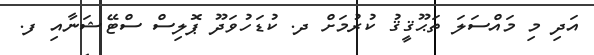
އަދި މި މައްސަލަ ތަޙޫޤީޤު ކުރުމަށް ދ. ކުޑަހުވަދޫ ޕޮލިސް ސްޓޭޝަނާއި ފ.